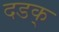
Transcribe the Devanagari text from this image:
दडक्